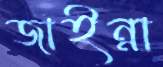
জাইন্না